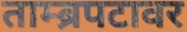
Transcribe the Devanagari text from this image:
ताम्ब्रपटावर